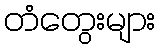
တံတွေးများ